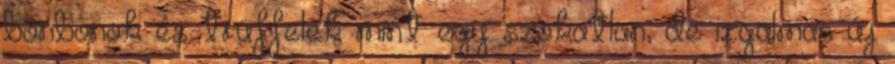
bonbonok és trüffelek mint egy szokatlan, de izgalmas új